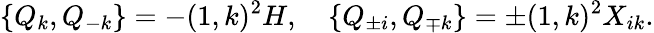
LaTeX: \{ Q_{k},Q_{-k}\} =-(1,k)^{2}H,\quad\{ Q_{\pm i},Q_{\mp k}\} =\pm(1,k)^{2}X_{ik}.